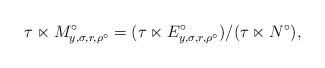
LaTeX: \begin{align*}\tau \ltimes M^\circ_{y,\sigma,r,\rho^\circ} = (\tau \ltimes E^\circ_{y,\sigma,r,\rho^\circ}) / (\tau \ltimes N^\circ ) ,\end{align*}